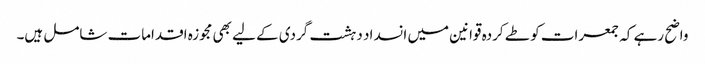
واضح رہے کہ جمعرات کو طے کردہ قوانین میں انسداد دہشت گردی کے لیے بھی مجوزہ اقدامات شامل ہیں۔